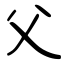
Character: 父